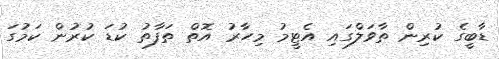
ޑާބީގެ ކުރިން ތާވަލްގައި އެޓީމު މިހާރު އޮތް ތަފާތު ކުޑަ ކުރުން ކަމުގަ